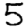
Digit: 5